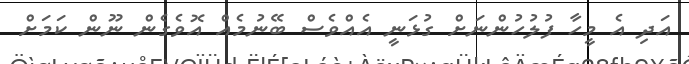
އަދި އެ މީހާ ފުލުހުންނަށް ގުޅަނީ އެއްވެސް ބޭނުމެއް އޮވެގެން ނޫން ކަމަށް